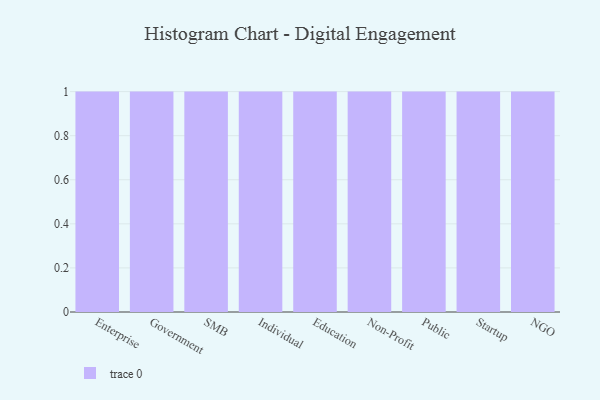
{"axis": {"x": "Segment", "y": "Humidity (%)"}, "legend": [""], "data": [{"x": "Enterprise", "y": 96, "type": ""}, {"x": "Government", "y": 63, "type": ""}, {"x": "SMB", "y": 12, "type": ""}, {"x": "Individual", "y": 78, "type": ""}, {"x": "Education", "y": 74, "type": ""}, {"x": "Non-Profit", "y": 32, "type": ""}, {"x": "Public", "y": 91, "type": ""}, {"x": "Startup", "y": 84, "type": ""}, {"x": "NGO", "y": 18, "type": ""}]}